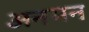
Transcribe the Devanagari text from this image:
अनमन